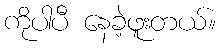
ကိုပါပီ နေခဲ့ဖူးတယ်။